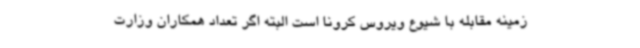
زمینه مقابله با شیوع ویروس کرونا است البته اگر تعداد همکاران وزارت